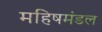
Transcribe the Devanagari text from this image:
महिषमंडल